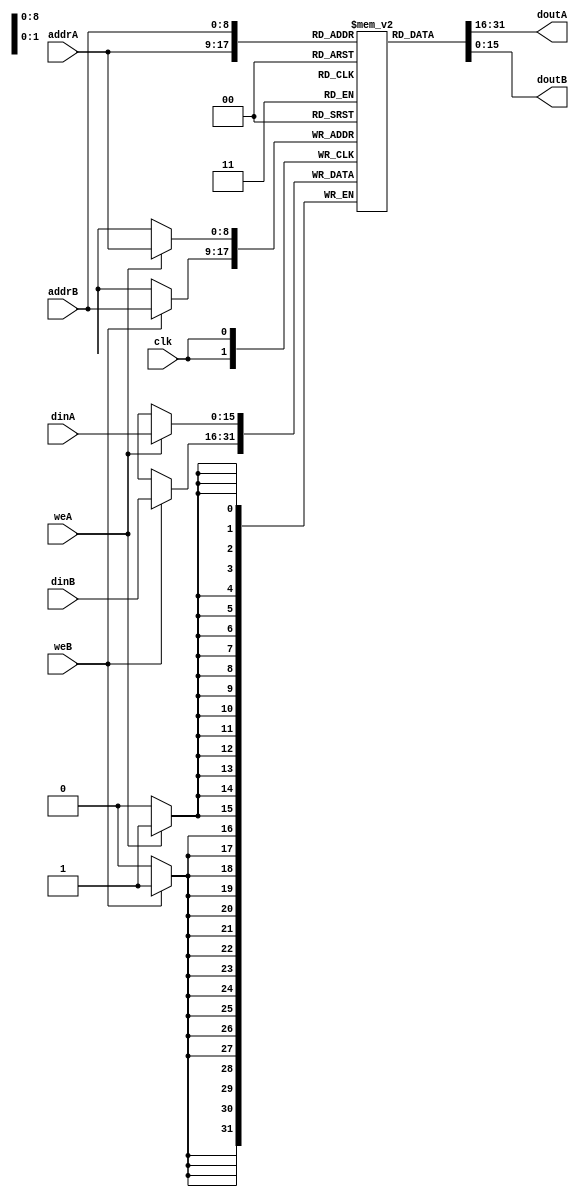
module ram_true_dp_512x16_logic (clk, weA, weB, addrA, addrB, dinA, dinB, doutA, doutB);
    input clk, weA, weB;
    input [8:0] addrA, addrB;
    input [15:0] dinA, dinB;
    output [15:0] doutA, doutB;
    
    (* ram_style = "logic" *)
    reg [15:0] ram [511:0];
    always @(posedge clk)
    begin
        if (weA)
            ram[addrA] <= dinA;
        if (weB)
            ram[addrB] <= dinB;
    end

    assign doutA = ram[addrA];
    assign doutB = ram[addrB];

endmodule